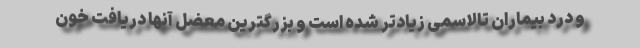
و درد بیماران تالاسمی زیادتر شده است و بزرگترین معضل آنها دریافت خون